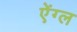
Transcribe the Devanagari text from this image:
ऐंग्ल